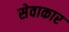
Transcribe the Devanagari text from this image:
सेवाकार